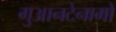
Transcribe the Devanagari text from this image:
गुआनटेनामो